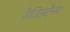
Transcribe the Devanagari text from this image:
रेजिस्टेन्स